Lunatic asylums in Bengal annual reports 1888-1898 - 1888-1898
Year: 1888
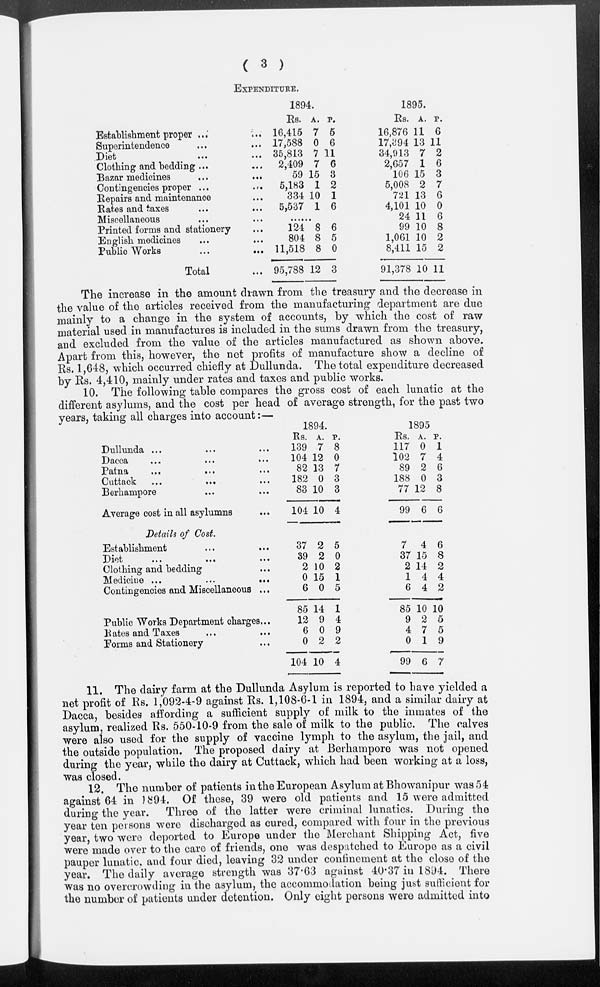
( 3 )
EXPENDITURE.
Establishment proper ...
Superintendence
Diet
Clothing and bedding ...
Bazar medicines
Contingencies proper ...
...
Repairs and maintenance
Rates and taxes
Miscellaneous
Printed forms and stationery
English medicines
Public Works
...
...
Total
1894.
Rs.
16,415
17,588
35,813
2,409
59
5,183
334
5,537
124
804
11,518
95,788
A.
7
0
7
7
15
1
10
1
8
8
8
12
P.
5
6
11
6
3
2
1
6
6
5
0
3
1895.
Rs.
16,876
17,394
34,913
2,657
106
5,008
721
4,101
24
99
1,061
8,411
91,378
A.
11
13
7
1
15
2
13
10
11
10
10
15
10
P.
6
11
2
6
3
7
6
0
6
8
2
2
11
The increase in the amount drawn from the treasury and the decrease in
the value of the articles received from the manufacturing department are due
mainly to a change in the system of accounts, by which the cost of raw
material used in manufactures is included in the sums drawn from the treasury,
and excluded from the value of the articles manufactured as shown above.
Apart from this, however, the net profits of manufacture show a decline of
Rs. 1,648, which occurred chiefly at Dullunda. The total expenditure decreased
by Rs. 4,410, mainly under rates and taxes and public works.
10. The following table compares the gross cost of each lunatic at the
different asylums, and the cost per head of average strength, for the past two
years, taking all charges into account:—
Dullunda ... ... ...
Dacca
...
...
...
Patna
...
... ...
Cuttack
...
... ...
Berhampore ... ...
Average cost in all asylumns ...
Details of Cost.
Establishment ... ...
Diet
...
...
...
Clothing and bedding ...
Medicine ...
...
...
Contingencies and Miscellaneous ...
Public Works Department charges...
Rates and Taxes ... ...
Forms and Stationery
...
1894.
Rs.
139
104
82
182
83
104
37
39
2
0
6
85
12
6
0
104
A.
7
12
13
0
10
10
2
2
10
15
0
14
9
0
2
10
P.
8
0
7
3
3
4
5
0
2
1
5
1
4
9
2
4
1895
Rs.
117
102
89
188
77
99
7
37
2
1
6
85
9
4
0
99
A.
0
7
2
0
12
6
4
15
14
4
4
10
2
7
1
6
P.
1
4
6
3
8
6
6
8
2
4
2
10
5
5
9
7
11. The dairy farm at the Dullunda Asylum is reported to have yielded a
net profit of Rs. 1,092-4-9 against Rs. 1,108-6-1 in 1894, and a similar dairy at
Dacca, besides affording a sufficient supply of milk to the inmates of the
asylum, realized Rs. 550-10-9 from the sale of milk to the public. The calves
were also used for the supply of vaccine lymph to the asylum, the jail, and
the outside population. The proposed dairy at Berhampore was not opened
during the year, while the dairy at Cuttack, which had been working at a loss,
was closed.
12. The number of patients in the European Asylum at Bhowanipur was 54
against 64 in 1894. Of these, 39 were old patients and 15 were admitted
during the year. Three of the latter were criminal lunatics. During the
year ten persons were discharged as cured, compared with four in the previous
year, two were deported to Europe under the Merchant Shipping Act, five
were made over to the care of friends, one was despatched to Europe as a civil
pauper lunatic, and four died, leaving 32 under confinement at the close of the
year. The daily average strength was 37.63 against 40.37 in 1894. There
was no overcrowding in the asylum, the accommodation being just sufficient for
the number of patients under detention. Only eight persons were admitted into